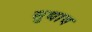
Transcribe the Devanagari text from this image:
सुधाव